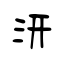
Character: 汧